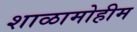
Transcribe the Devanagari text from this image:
शाळामोहीम